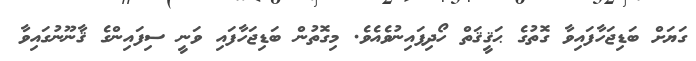
ގަޔަށް ބަޑިޖަހާފައިވާ ގޮތުގެ ޙަޤީޤަތް ހޯދިފައިނުވެއެވެ. މިގޮތުން ބަޑިޖަހާފައި ވަނީ ސިފައިންގެ ޤާނޫނުގައިވާ